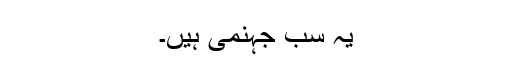
یہ سب جہنمی ہیں۔